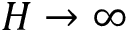
H \to \infty